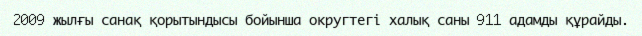
2009 жылғы санақ қорытындысы бойынша округтегі халық саны 911 адамды құрайды.